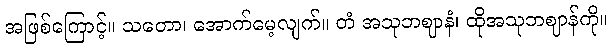
အဖြစ်ကြောင့်။ သတော၊ အောက်မေ့လျက်။ တံ အသုဘဈာနံ၊ ထိုအသုဘဈာန်ကို။